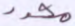
محدد